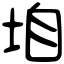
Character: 垍